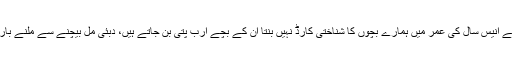
شیخ رشید نے عدالت میں کہا کہ سولہ سے انیس سال کی عمر میں ہمارے بچوں کا شناختی کارڈ نہیں بنتا ان کے بچے ارب پتی بن جاتے ہیں، دبئی مل بیچنے سے ملنے بارہ ملین درہم اتنا عرصہ کہاں پڑے رہے؟